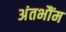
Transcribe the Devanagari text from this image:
अंतभौंम